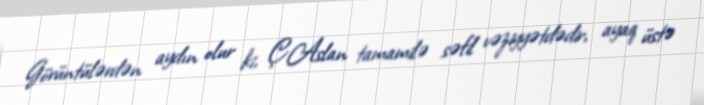
Görüntülərdən aydın olur ki, Ç.Aslan tamamilə səfil vəziyyətdədir, ayaq üstə